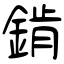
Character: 錹